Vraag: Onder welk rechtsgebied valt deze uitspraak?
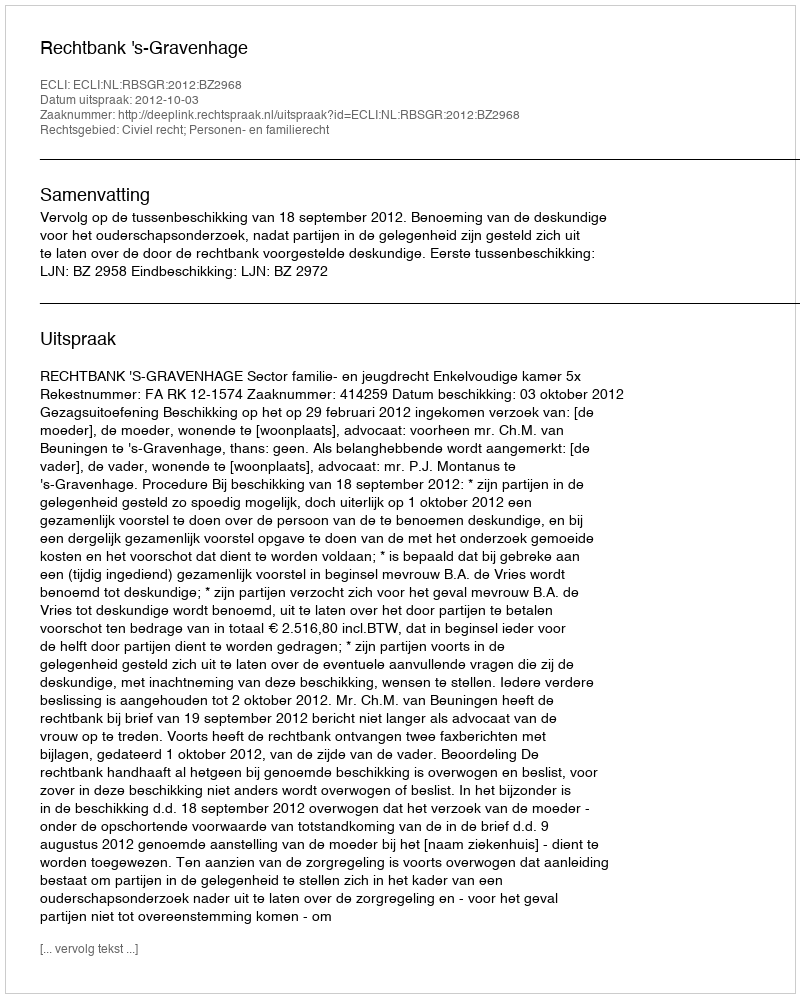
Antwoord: Civiel recht; Personen- en familierecht